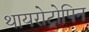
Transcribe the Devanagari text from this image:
थायरोट्रोपिन